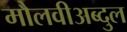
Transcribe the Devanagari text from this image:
मौलवीअब्दुल